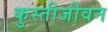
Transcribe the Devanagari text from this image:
कुस्तीजीवन